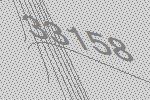
33158